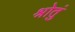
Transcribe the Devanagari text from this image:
श्रोतुं